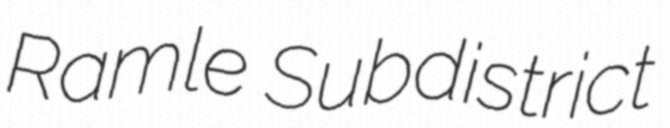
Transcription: Ramle Subdistrict